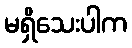
မရှိသေးပါက